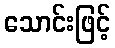
သောင်းဖြင့်